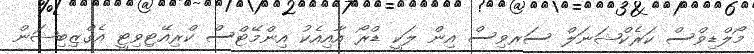
މޯލްޑިވްސް ކަރެކްޝަނަލް ސަރވިސް އިން ލަކީ ޑްރޯ އާއިއެކު އިންމޭޓްސް ކްރިއޭޓިވިޓީ އެގްޒިބިޝަން